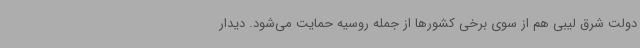
دولت شرق لیبی هم از سوی برخی کشورها از جمله روسیه حمایت می‌شود. دیدار